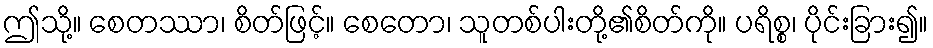
ဤသို့။ စေတဿာ၊ စိတ်ဖြင့်။ စေတော၊ သူတစ်ပါးတို့၏စိတ်ကို။ ပရိစ္စ၊ ပိုင်းခြား၍။